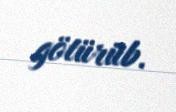
götürüb.